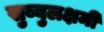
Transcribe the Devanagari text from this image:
सुब्बुलक्षमी